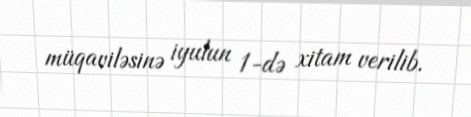
müqaviləsinə iyulun 1-də xitam verilib.